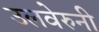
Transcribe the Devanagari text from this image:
उलवेरुनी